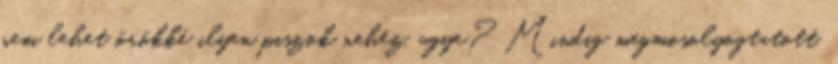
nem lehet örökké ilyen piszok nehéz, ugye? Mindig megmosolyogtatott,